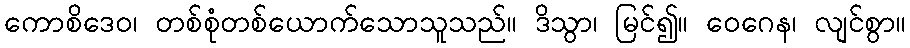
ကောစိဒေဝ၊ တစ်စုံတစ်ယောက်သောသူသည်။ ဒိသွာ၊ မြင်၍။ ဝေဂေန၊ လျင်စွာ။